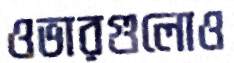
ওভারগুলোও